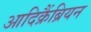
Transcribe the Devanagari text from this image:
आदिक्रैंब्रियन